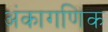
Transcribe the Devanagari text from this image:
अंकागणिक